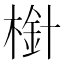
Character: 𣗒